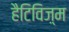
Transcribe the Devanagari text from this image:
हैटिविज़्म